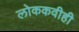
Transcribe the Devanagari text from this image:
लोककवीही